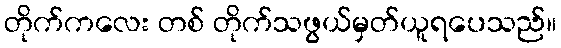
တိုက်ကလေး တစ် တိုက်သဖွယ်မှတ်ယူရပေသည်။